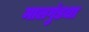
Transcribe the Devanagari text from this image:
मालगुंडचा